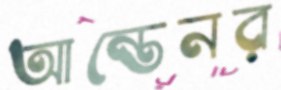
আন্তেনর